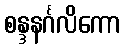
စန္ဒနင်္ဂလိကော